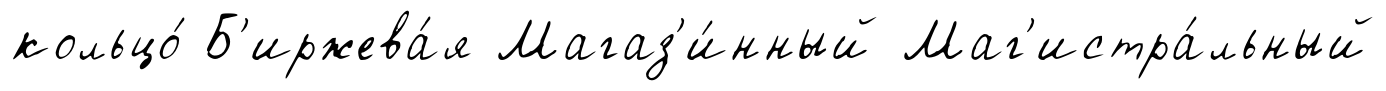
кольцо́ Б'иржева́я Магаз'и́нный Маг'истра́льный